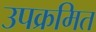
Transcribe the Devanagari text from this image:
उपक्रमित